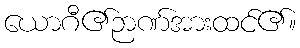
ယောဂီ၏ဉာဏ်အားထင်၏။